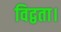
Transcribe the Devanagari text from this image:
विद्वता।